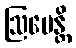
ဩပေန္တိ